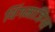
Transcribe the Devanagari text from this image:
थिंगमाजिग्स